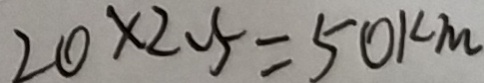
2 0 \times 2 . 5 = 5 0 1 c m